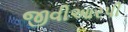
જીવીઆરપી